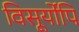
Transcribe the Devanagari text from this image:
विसूर्योपि